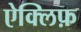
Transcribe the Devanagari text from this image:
ऐक्लिफ़